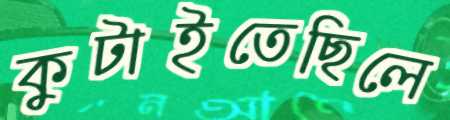
কুটাইতেছিলে